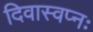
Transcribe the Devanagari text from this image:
दिवास्वप्नः